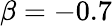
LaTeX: \beta=-0.7